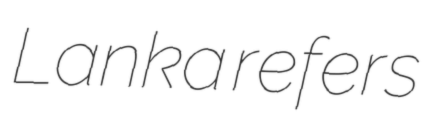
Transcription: Lanka refers